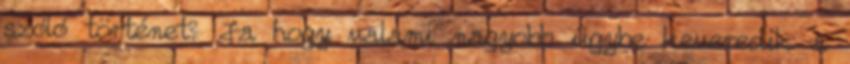
szóló történet? Ja hogy valami nagyobb ügybe keveredik a